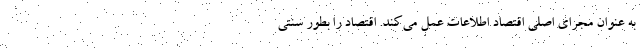
به عنوان مجرای اصلی اقتصاد اطلاعات عمل می‌کند. اقتصاد را بطور سنتی